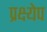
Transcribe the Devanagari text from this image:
प्रक्ष्येप